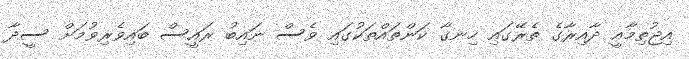
އިޖުތިމާއީ ދާއިރާގެ ތެރޭގައި ހިނގާ ކަންތައްތަކުގައި ވެސް ނައިބު ރައީސް ބައިވެރިވުމަށް ސީދާ